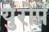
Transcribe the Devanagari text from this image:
युरोपे